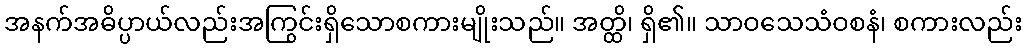
အနက်အဓိပ္ပာယ်လည်းအကြွင်းရှိသောစကားမျိုးသည်။ အတ္ထိ၊ ရှိ၏။ သာဝသေသံဝစနံ၊ စကားလည်း